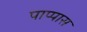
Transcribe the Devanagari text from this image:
पाप्पास